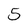
Character: 5